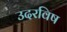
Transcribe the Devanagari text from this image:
उदरविष